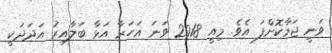
ވަނީ ޖަމާކޮށްފަ އެވެ. މިއީ 2018 ވަނަ އަހަރާ އަޅާ ބަލާއިރު އަދަދަކީ